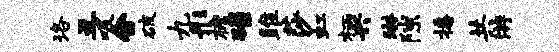
珞丑吸合破九彤檐碌雎莎虹柄兴琳隙播共游